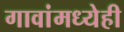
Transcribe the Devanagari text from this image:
गावांमध्येही